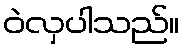
ဝဲလှပါသည်။